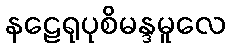
နဠေရုပုစိမန္ဒမူလေ